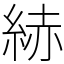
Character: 𦀗